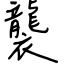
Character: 襲